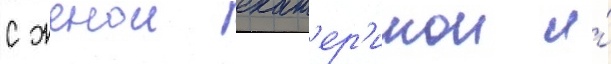
с женои екат'ер'инои и́